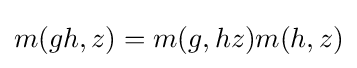
m(gh,z)=m(g,hz)m(h,z)